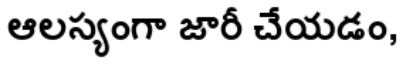
ఆలస్యంగా జారీ చేయడం,